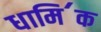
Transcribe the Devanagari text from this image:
धामि॔क